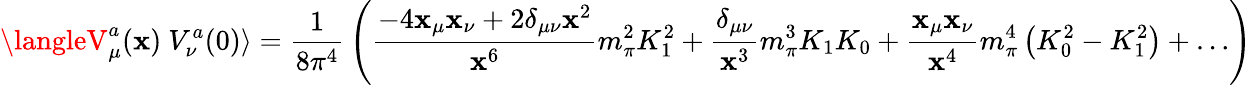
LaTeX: \langleV_{\mu}^{a}(\mathbf{x})\ V_{\nu}^{a}(0)\rangle={\frac{{1}}{{8\pi^{4}}}}\left({\frac{{-4\mathbf{x}_{\mu}\mathbf{x}_{\nu}+2\delta_{\mu\nu}\mathbf{x}^{2}}}{{\mathbf{x}^{6}}}}m_{\pi}^{2}K_{1}^{2}+{\frac{{\delta_{\mu\nu}}}{{\mathbf{x}^{3}}}}m_{\pi}^{3}K_{1}K_{0}+{\frac{{\mathbf{x}_{\mu}\mathbf{x}_{\nu}}}{{\mathbf{x}^{4}}}}m_{\pi}^{4}\left(K_{0}^{2}-K_{1}^{2}\right)+\dots\right)